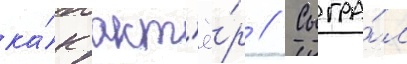
ка́к акт'ё́р // Сыгра́л